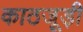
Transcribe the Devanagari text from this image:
काठजूड़ी